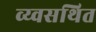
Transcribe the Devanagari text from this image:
व्य्वसथित